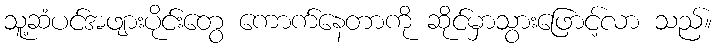
သူ့ဆံပင်အဖျားပိုင်းတွေ ကောက်နေတာကို ဆိုင်မှာသွားဖြောင့်လာ သည်။